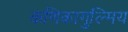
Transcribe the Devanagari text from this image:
कणिकागुल्मिय